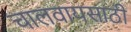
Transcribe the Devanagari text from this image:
चालवायसाठी